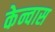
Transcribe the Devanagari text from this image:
केन्वास